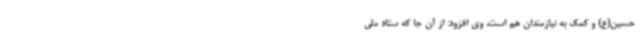
حسین(ع) و کمک به نیازمندان هم است. وی افزود: از آن جا که ستاد ملی